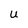
Character: U